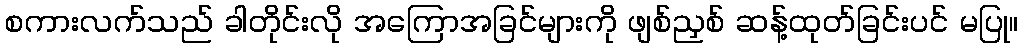
စကားလက်သည် ခါတိုင်းလို အကြောအခြင်များကို ဖျစ်ညှစ် ဆန့်ထုတ်ခြင်းပင် မပြု။